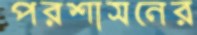
পরশাসনের